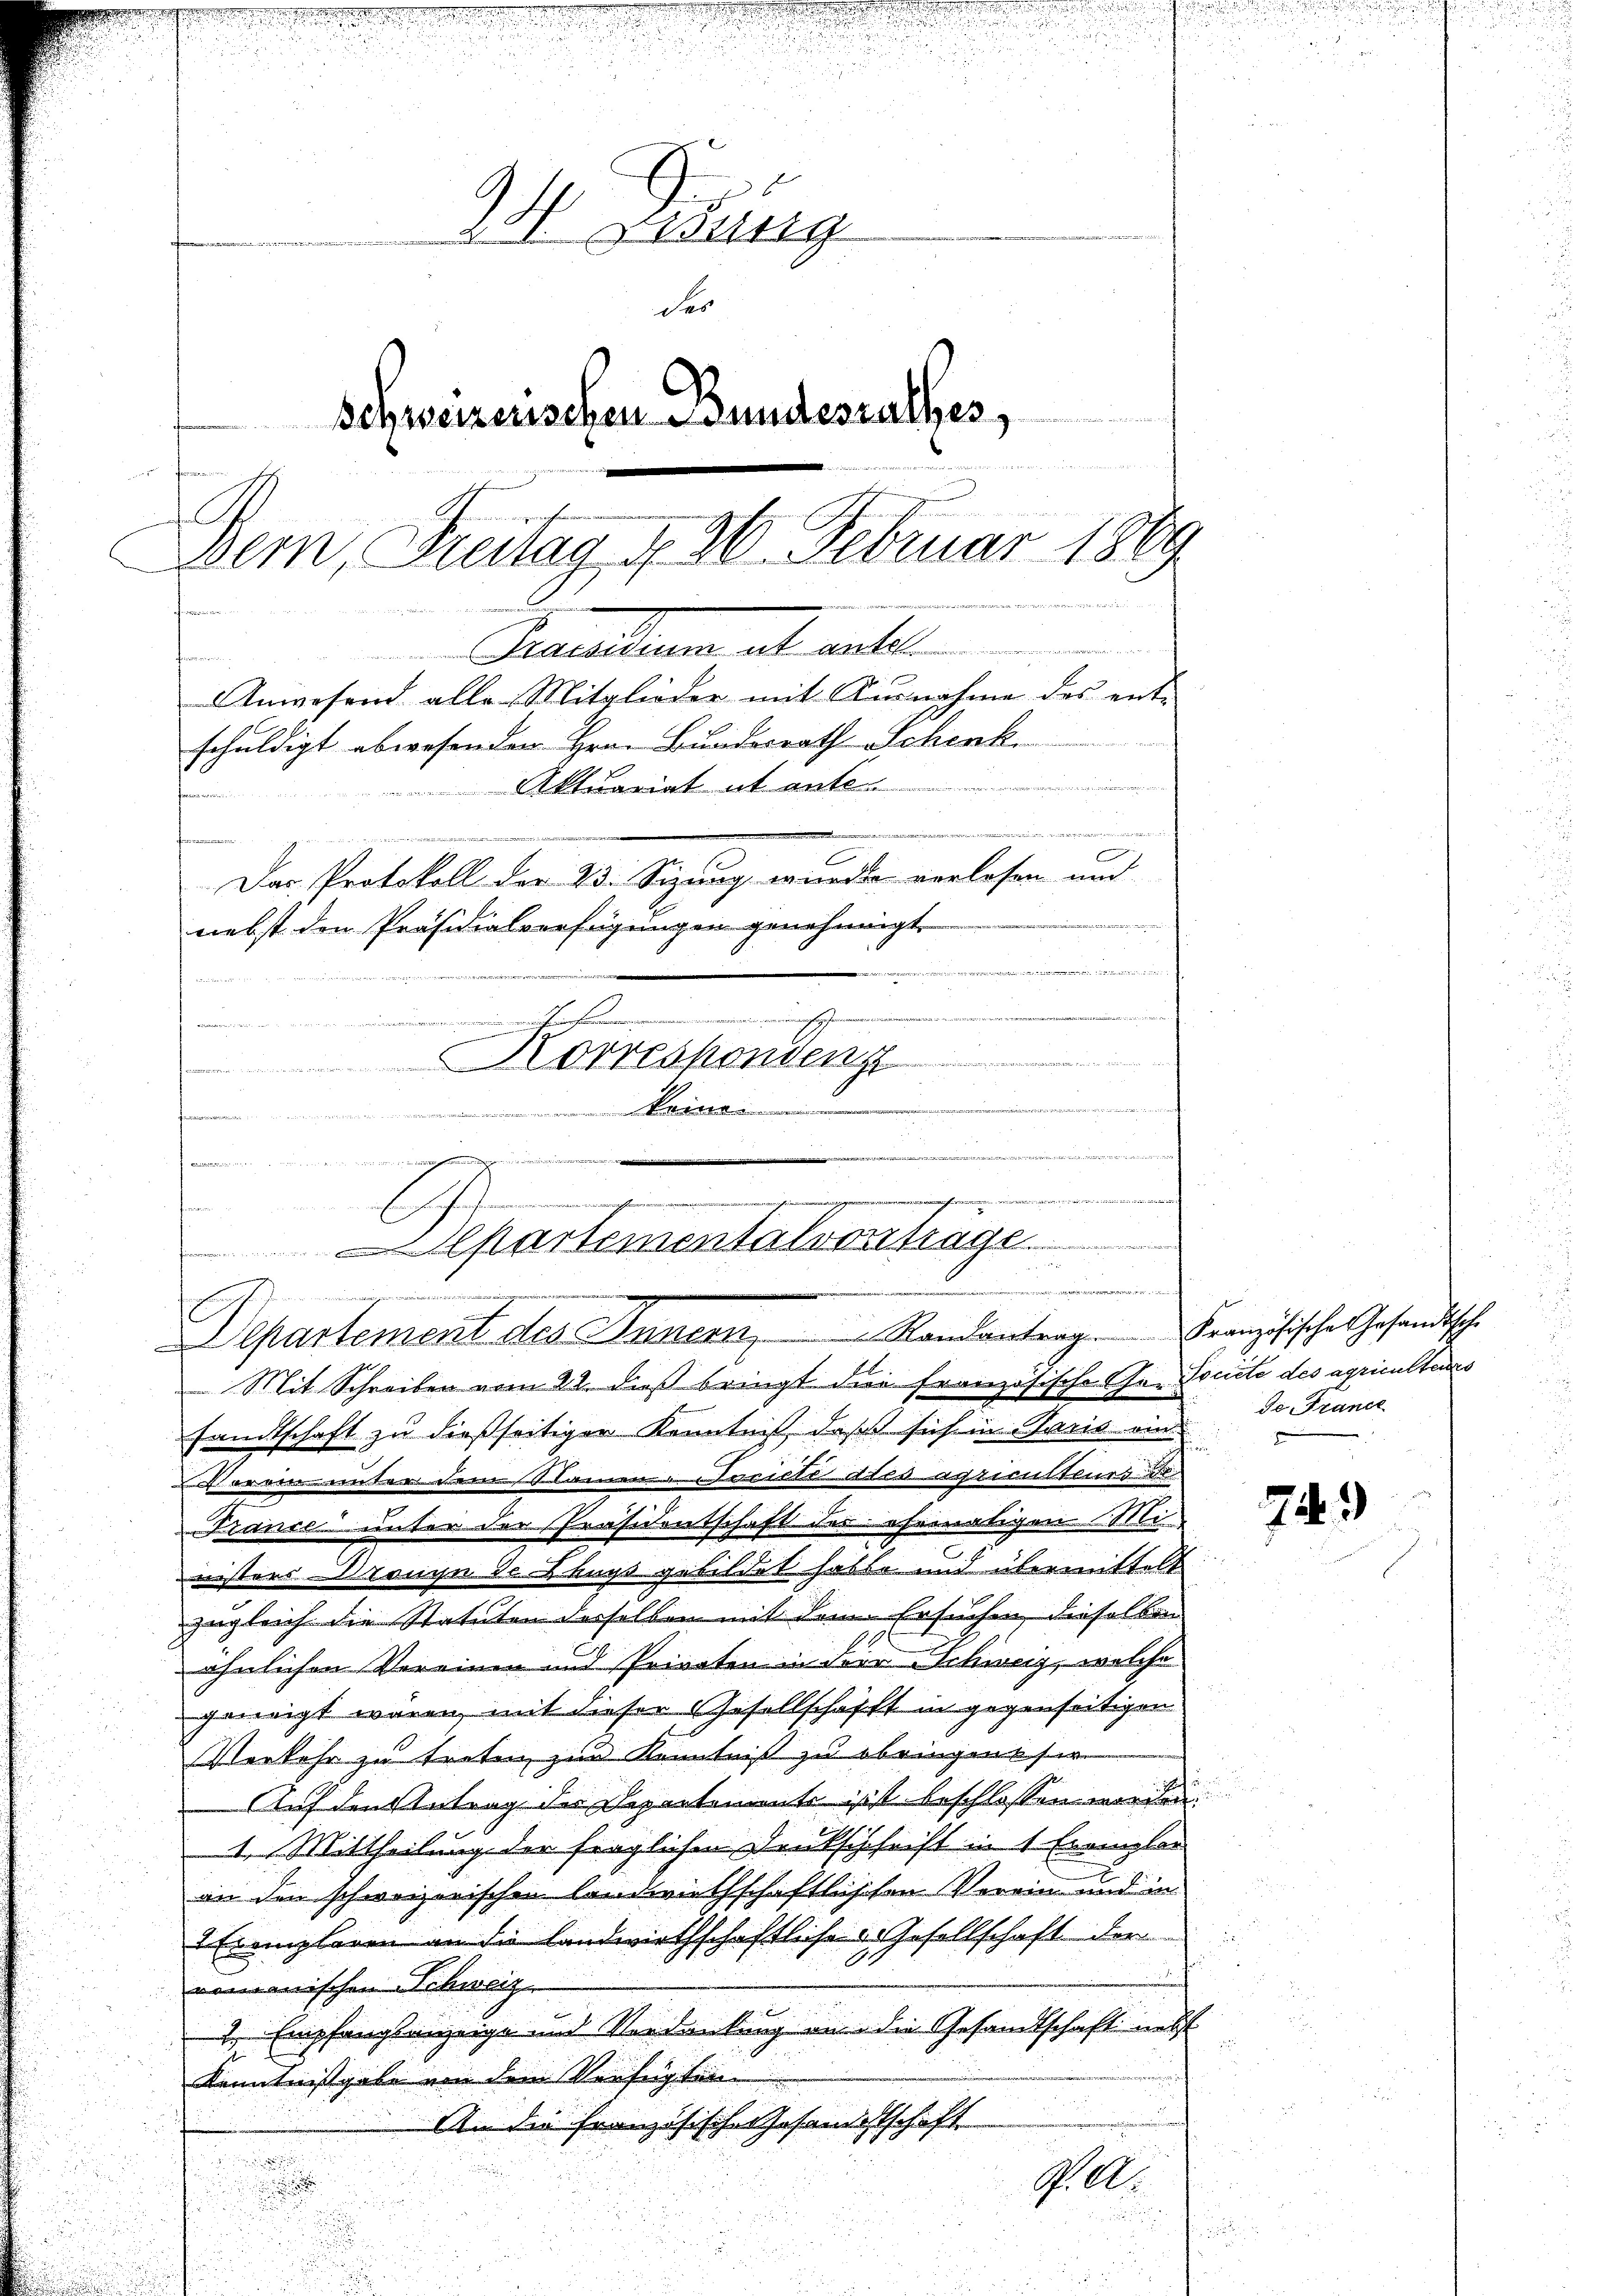
s
e
H. Gesung
der
eden wer
schweizerischen Bundesrathes,
Dem, Freitag d. 3. Februar 1889
¬

m
Praesidium et ante
t
Anwesend alle Mitglieder mit Ausnahme des entschuldigt abwesenden Hrn. Bundesrath Schenk.

Aktuariat et entl.
iwider, wenn in mit den ange wenn er
C
Das Protokoll der 23. Sizung würde verlesen und
nebst den Präsidialverfügungen genehmigt.
e
a
a
Korreshondenz
sommenen
........
geeigneten, wenn den

fammen
sandtschaft zu dießseitiger Kenntniß, daß sich in Paris ein
France unter der Präsidentschaft des ehematigen Ministers range de Klaps gebildet habte und übermittelt
zugleich die Statuten derselben mit dem Ersuchen, dieselben
ähnlichen Vereinen und Privaten in der Schweiz, welche
geneigt wären, mit dieser Gesellschafft in gegenseitigen
Verkehr zu treten zur Kenntniß zu bringen ser
Auf den Antrag der Departenante ist beschlossen werde
1. Mittheilung der fraglichen Deutschrift in 1 Exemplar
an den schweizerischen Landwirthschaftlischen Verein und in
2 Exemplaren an die Landwirthschaftliche Gesellschaft der
romanischen Schweiz
 Empfangsanzeige und Verdankung an die Gesandtschaft nebst
Kenntnissgabe von dem Verfügten
An die französische Gesandtschaft

G. A

d
u

.
.
nicht ein,
Eschen
partementationtrage
i

Separtement des Innern Randantrag. Französischen Gesandtsche
Mit Schreiben vom 22. dieß bringt die französische Gr. Societe des agriculters

Vorein unter dem Namen Feriete des agriculteurs de

de France

749)